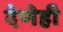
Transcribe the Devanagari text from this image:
देणेही